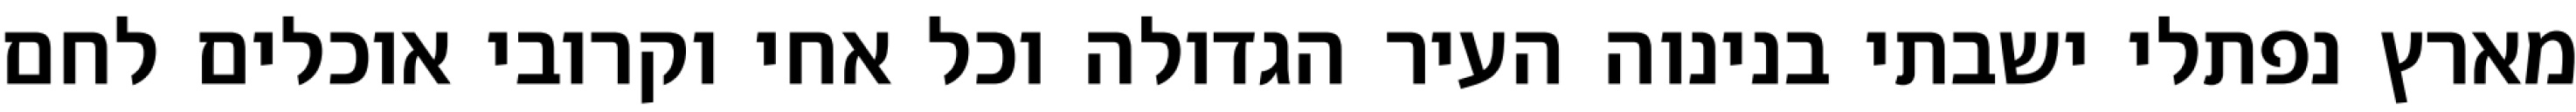
מארץ נפתלי ישבתי בנינוה העיר הגדולה וכל אחי וקרובי אוכלים לחם